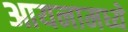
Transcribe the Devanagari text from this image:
आयनामध्ये